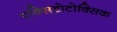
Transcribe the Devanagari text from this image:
एक्सिटोटोक्सिक